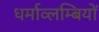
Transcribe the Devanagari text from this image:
धर्माव्लम्बियों